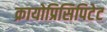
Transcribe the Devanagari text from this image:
क्रायोप्रिसिपिटेट